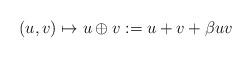
LaTeX: \begin{align*}(u,v)\mapsto u\oplus v:= u+v+\beta uv\end{align*}